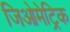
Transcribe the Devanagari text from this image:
जिओमेट्रिक